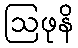
ဩဖုနိ